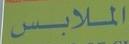
اللابس